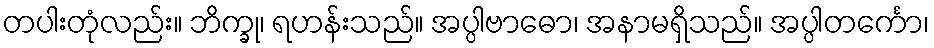
တပါးတုံလည်း။ ဘိက္ခု၊ ရဟန်းသည်။ အပ္ပါဗာဓော၊ အနာမရှိသည်။ အပ္ပါတင်္ကော၊